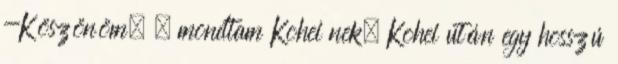
-Köszönöm. – mondtam Kohei nek. Kohei után egy hosszú